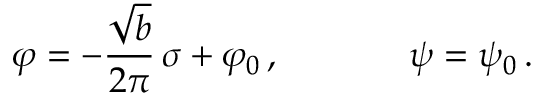
\varphi = - \frac { \sqrt { b } } { 2 \pi } \, \sigma + \varphi _ { 0 } \, , \, \, \, \, \, \, \, \, \, \, \, \, \, \, \, \, \, \, \, \, \, \psi = \psi _ { 0 } \, .